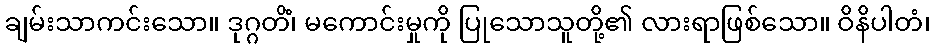
ချမ်းသာကင်းသော။ ဒုဂ္ဂတိံ၊ မကောင်းမှုကို ပြုသောသူတို့၏ လားရာဖြစ်သော။ ဝိနိပါတံ၊